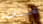
تخمينات